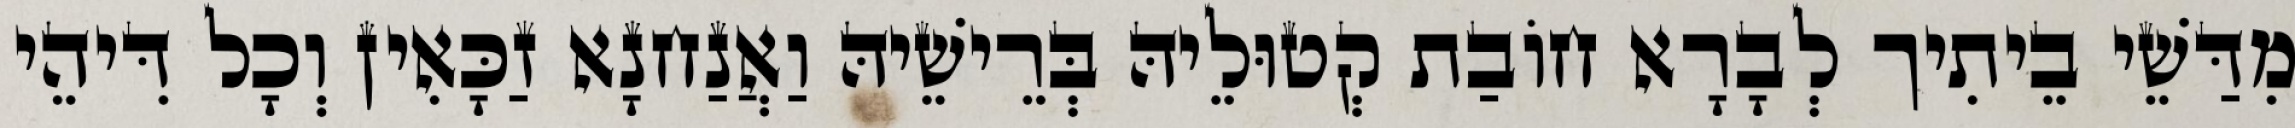
מִדַּשֵׁי בֵיתִיך לְבָרָא חוֹבַת קְטוּלֵיהּ בְּרֵישֵׁיהּ וַאֲנַחנָא זַכָּאִין וְכָל דִּיהֵי